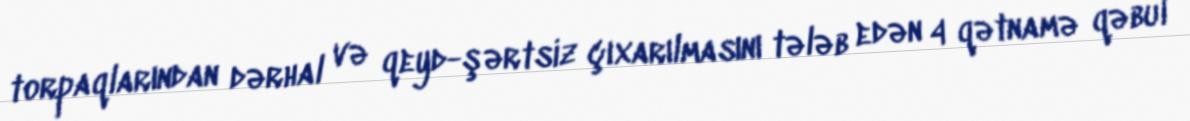
torpaqlarından dərhal və qeyd-şərtsiz çıxarılmasını tələb edən 4 qətnamə qəbul